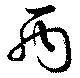
丙